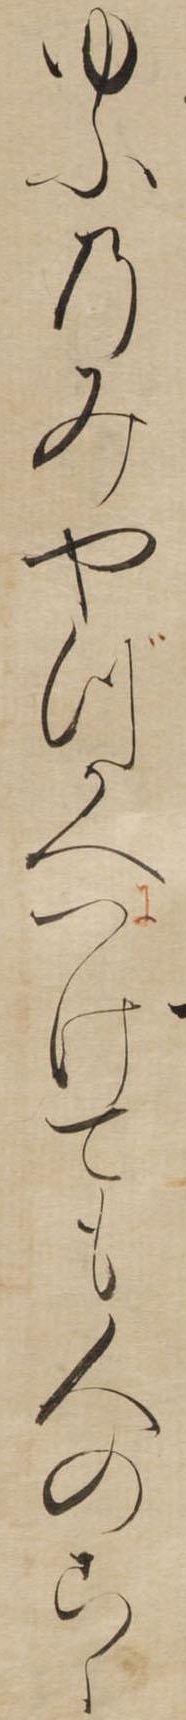
ゆふのみやづかへつけても人のこゝ